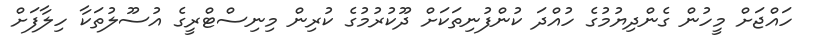
ހައްޖަށް މީހުން ގެންދިޔުމުގެ ހުއްދަ ކުންފުނިތަކަށް ދޫކުރުމުގެ ކުރިން މިނިސްޓްރީގެ އުސޫލުތަކާ ހިލާފަށް